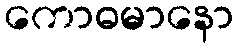
ကောဓမာနော